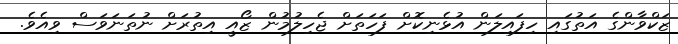
ޒަކްވާންގެ އަތުގައި ހިފައިލަން އުޅެނިކޮށް ފަހަތަށް ޖެހިލުމުން ޒޯއީ އިތުރަށް ނުތަނަވަސް ވިއެވެ.